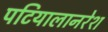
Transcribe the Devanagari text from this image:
पटियालानरेश